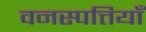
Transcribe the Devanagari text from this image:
वनस्पत्तियाँ